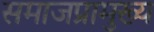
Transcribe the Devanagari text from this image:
समाजप्रामुख्य